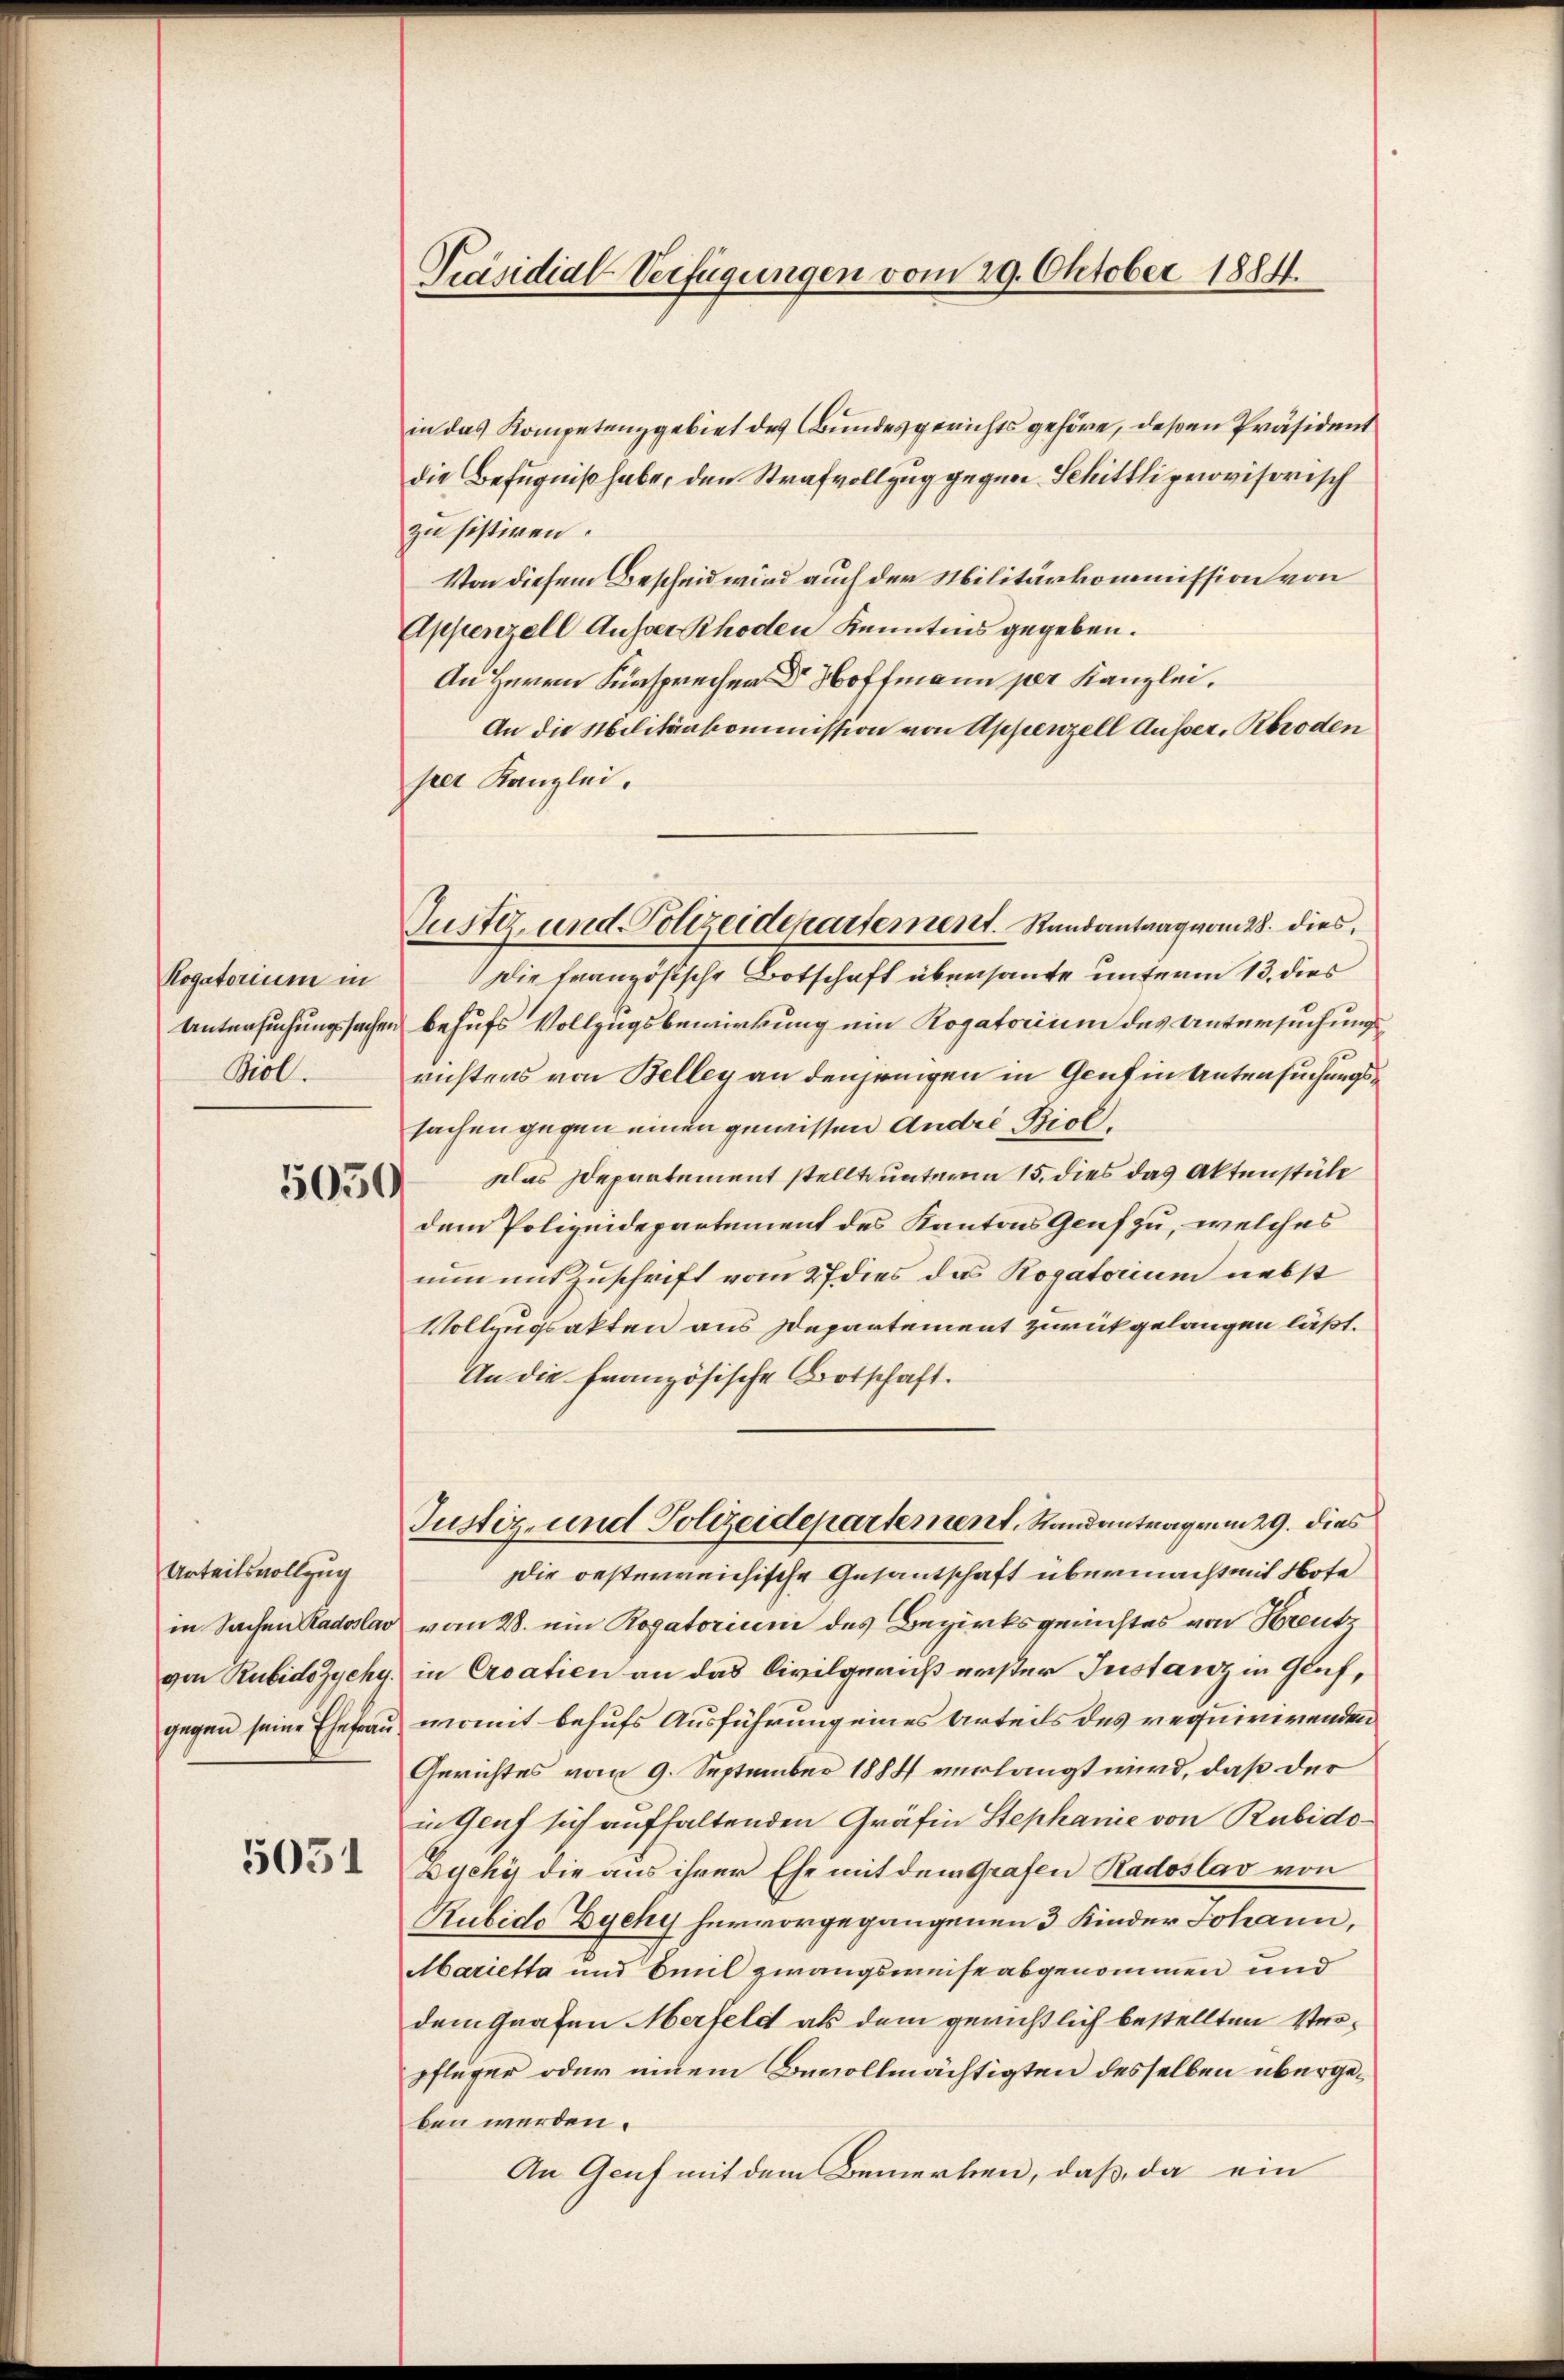
Rogatorium in
Untersuchungssachen
Biol.

5050.

Urteilsvollzug
von Rubido Zychy.

5051

Präsidial-Verfügungen vom 29. Oktober 1884.

in das Kompetenz gebiet des Bundesgerichts gehöre, deßen Präsident
die Befugniß habe, den Strafvollzug gegen Schittli provisorisch
zu sistiren.
Von diesem Bescheid wird auch der Militärkommission von
Appenzell Ausser Schoden Kenntnis gegeben.
An Herrn Fürsprecher Dr. Hoffmann per Kanzlei,
An die Militärkommission von Appenzell Ausser, Rbroden
per Kanzlei.
Die französische Botschaft überhaute unterm 13. dies
 behufs Vollzugsbewirkung ein Rogatorium des Untersuchungsrichtens von Belley an denjenigen in Genf in Untersuchungssachen gegen einen gewissen André Biol,
das Departement stellt unterm 15. dies das Aktenstüle
dem Polizeidepartement des Kantons Genf zu, welches
nun mit Zuschrift vom 27 dies das Rogatorium nebst
Vollzugsakten aus Departement zurückgelangen läßt.
An die französische Botschaft.
Justiz- und Polizeidepartement, Standantragen 29. dies
Die oesterreichische Gesantschaft übermacht mit Note
in Sachen Radoslar vom 28. ein Rogatorium des Bezirksgerichtes von Kreute
in Croatien an das Civilgeruch erster Instanz in Glich,
gegen seine Ehefrau womit behufs Ausführung eines Urteils des requirirenden
Gerichtes vom 9. September 1884 verlangt wird, daß der
in Genf sich aufhaltenden Gräfin Stephanie von Rubido¬
Zychy die aus ihrer Ehe mit dem Grafen Radoslav von
Rubido Zychy hervorgegangenen 3 Kinder Johann,
Marietta und Emil zwangsweise abgenommen und
dem Grafen Merfeld als dem gerichtlich bestellten Verpflüger oder einem Bevollmächtigten desselben übergeben werden.
An Genf mit dem Bemerken, daß da ein

Justiz, und Polizeidepartement.  Rundantrag vom 28. dies